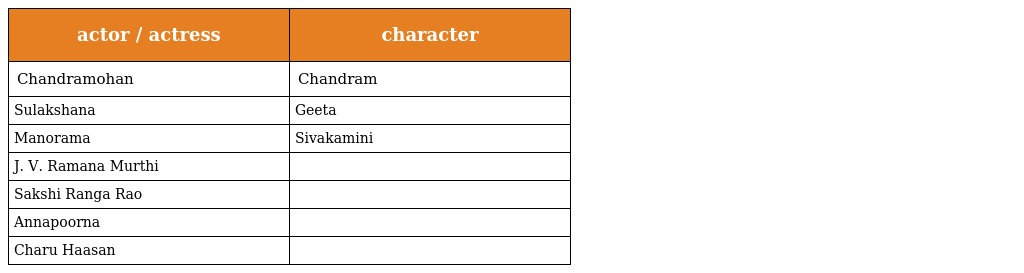
| actor / actress | character |
 | --- | --- |
 | Chandramohan | Chandram |
 | Sulakshana | Geeta |
 | Manorama | Sivakamini |
 | J. V. Ramana Murthi |  |
 | Sakshi Ranga Rao |  |
 | Annapoorna |  |
 | Charu Haasan |  |